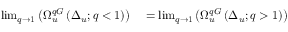
\begin{array} { r l } { \operatorname* { l i m } _ { q \to 1 } \left( \Omega _ { u } ^ { q G } \left( \Delta _ { u } ; q < 1 \right) \right) } & { { } = \operatorname* { l i m } _ { q \to 1 } \left( \Omega _ { u } ^ { q G } \left( \Delta _ { u } ; q > 1 \right) \right) } \end{array}